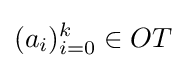
(a_{i})_{i=0}^{k}\in OT